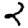
Digit: 2